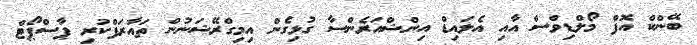
ބޭންކް އޮފް މޯލްޑިވްސް އާއި އެލައިޑް އިންޝްއަރެންސާ ގުޅިގެން އިމިގްރޭޝަނުން ތައާރަފްކުރި ޕާސްޕޯޓް